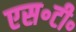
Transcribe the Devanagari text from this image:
एस॰टी॰